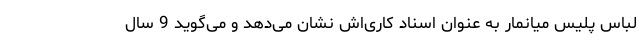
لباس پلیس میانمار به عنوان اسناد کاری‌اش نشان می‌دهد و می‌گوید 9 سال